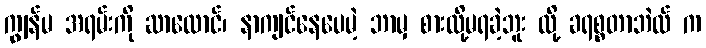
ကျွန်မ အရမ်းကို ဆာလောင်၊ နာကျင်နေပေမဲ့ ဘာမှ စားလို့မရခဲ့ဘူး လို့ ခရစ္စတာဘဲလ် က